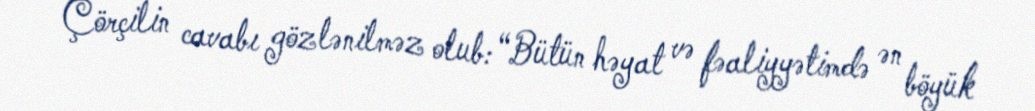
Çörçilin cavabı gözlənilməz olub: “Bütün həyat və fəaliyyətimdə ən böyük